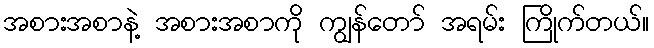
အစားအစာနဲ့ အစားအစာကို ကျွန်တော် အရမ်း ကြိုက်တယ်။